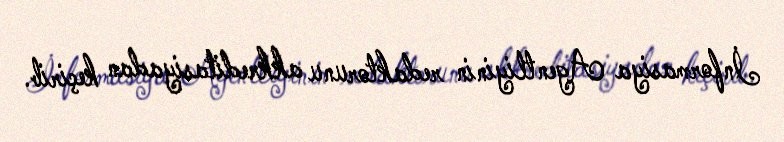
İnformasiya Agentliyinin redaktorunu akkreditasiyadan keçirib.